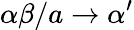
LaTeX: \alpha\beta/a\to\alpha^{\prime}